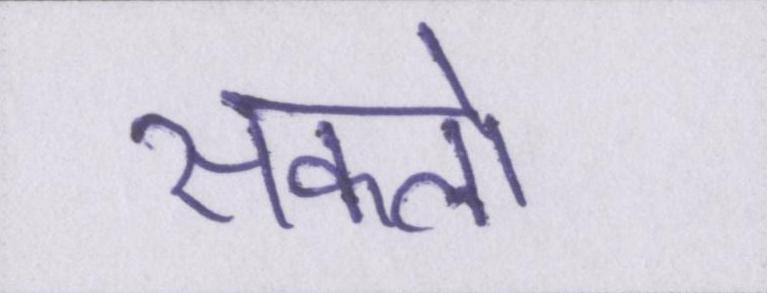
सकलो